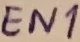
Text: EN1